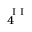
_ { 4 } ^ { \mathrm { ~ I ~ I ~ } }